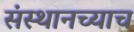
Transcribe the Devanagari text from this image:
संस्थानच्याच